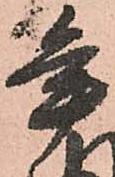
年